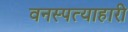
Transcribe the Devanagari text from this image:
वनस्पत्याहारी